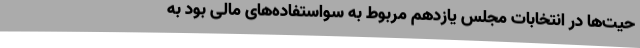
حیت‌ها در انتخابات مجلس یازدهم مربوط به سواستفاده‌های مالی بود به